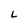
Character: L